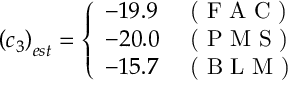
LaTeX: \left( c _ { 3 } \right) _ { e s t } = \left\{ \begin{array} { l l } { { - 1 9 . 9 } } & { { \textrm { ( F A C ) } } } \\ { { - 2 0 . 0 } } & { { \textrm { ( P M S ) } } } \\ { { - 1 5 . 7 } } & { { \textrm { ( B L M ) } } } \end{array} \right.